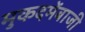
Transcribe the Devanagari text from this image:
मुकदमेंबाजी